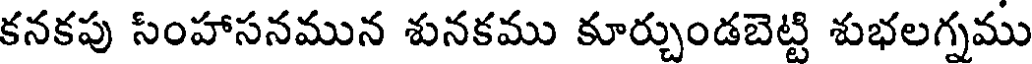
కనకపు సింహాసనమున శునకము కూర్చుండబెట్టి శుభలగ్నము